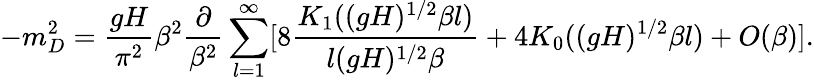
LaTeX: -m_{D}^{2}=\frac{gH}{\pi^{2}}\beta^{2}\frac{\partial}{\beta^{2}}\sum_{l=1}^{\infty}[8\frac{K_{1}((gH)^{1/2}\beta l)}{l(gH)^{1/2}\beta}+4K_{0}((gH)^{1/2}\beta l)+O(\beta)].